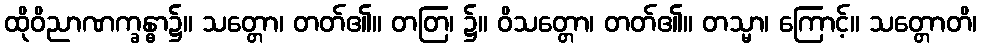
ထိုဝိညာဏက္ခန္ဓာ၌။ သတ္တော၊ တတ်၏။ တတြ၊ ၌။ ဝိသတ္တော၊ တတ်၏။ တသ္မာ၊ ကြောင့်။ သတ္တောတိ၊